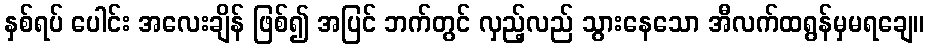
နှစ်ရပ် ပေါင်း အလေးချိန် ဖြစ်၍ အပြင် ဘက်တွင် လှည့်လည် သွားနေသော အီလက်ထရွန်မှမရချေ။